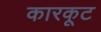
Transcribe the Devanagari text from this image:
कारकूट